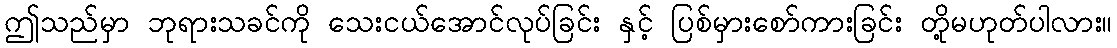
ဤသည်မှာ ဘုရားသခင်ကို သေးငယ်အောင်လုပ်ခြင်း နှင့် ပြစ်မှားစော်ကားခြင်း တို့မဟုတ်ပါလား။